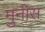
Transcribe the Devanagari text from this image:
मुनीस